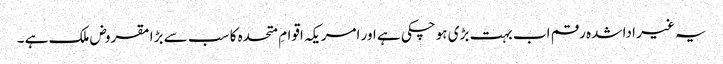
یہ غیر ادا شدہ رقم اب بہت بڑی ہوچکی ہے اور امریکہ اقوامِ متحدہ کا سب سے بڑا مقروض ملک ہے ۔